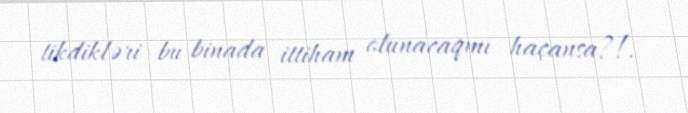
tikdikləri bu binada ittiham olunacaqmı haçansa?!.